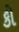
કી